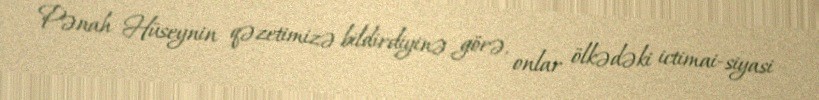
Pənah Hüseynin qəzetimizə bildirdiyinə görə, onlar ölkədəki ictimai-siyasi